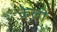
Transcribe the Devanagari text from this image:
केली